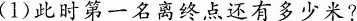
(1)此时第一名离终点还有多少米?